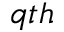
q t h